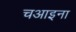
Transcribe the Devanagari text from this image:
चआइना